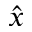
\hat { x }